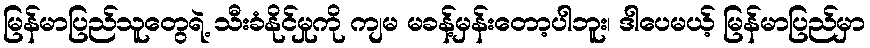
မြန်မာပြည်သူတွေရဲ့ သီးခံနိုင်မှုကို ကျမ မခန့်မှန်းတော့ပါဘူး၊ ဒါပေမယ့် မြန်မာပြည်မှာ